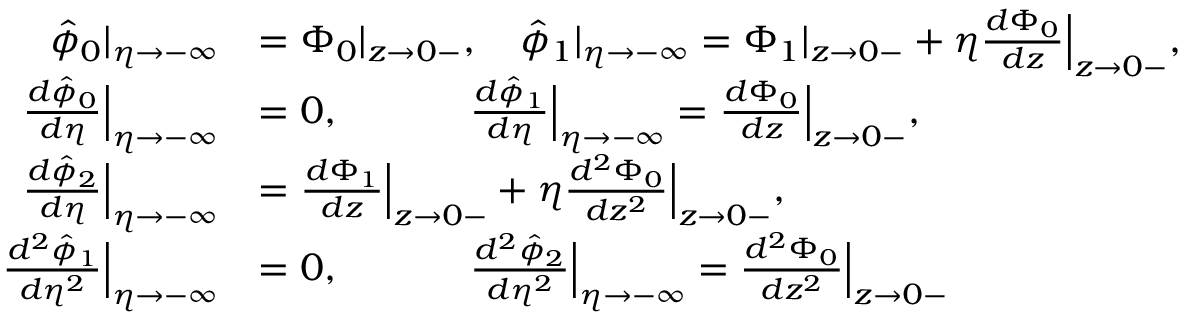
\begin{array} { r l } { \hat { \phi } _ { 0 } | _ { \eta \to - \infty } } & { = { \Phi } _ { 0 } | _ { z \to 0 - } , \quad \hat { \phi } _ { 1 } | _ { \eta \to - \infty } = { \Phi } _ { 1 } | _ { z \to 0 - } + \eta \frac { d { \Phi } _ { 0 } } { d z } \Big | _ { z \to 0 - } , } \\ { \frac { d \hat { \phi } _ { 0 } } { d \eta } \Big | _ { \eta \to - \infty } } & { = 0 , \quad \quad \quad \; \frac { d \hat { \phi } _ { 1 } } { d \eta } \Big | _ { \eta \to - \infty } = \frac { d { \Phi } _ { 0 } } { d z } \Big | _ { z \to 0 - } , } \\ { \frac { d \hat { \phi } _ { 2 } } { d \eta } \Big | _ { \eta \to - \infty } } & { = \frac { d { \Phi } _ { 1 } } { d z } \Big | _ { z \to 0 - } + \eta \frac { d ^ { 2 } { \Phi } _ { 0 } } { d z ^ { 2 } } \Big | _ { z \to 0 - } , } \\ { \frac { d ^ { 2 } \hat { \phi } _ { 1 } } { d \eta ^ { 2 } } \Big | _ { \eta \to - \infty } } & { = 0 , \quad \quad \quad \; \frac { d ^ { 2 } \hat { \phi } _ { 2 } } { d \eta ^ { 2 } } \Big | _ { \eta \to - \infty } = \frac { d ^ { 2 } { \Phi } _ { 0 } } { d z ^ { 2 } } \Big | _ { z \to 0 - } } \end{array}